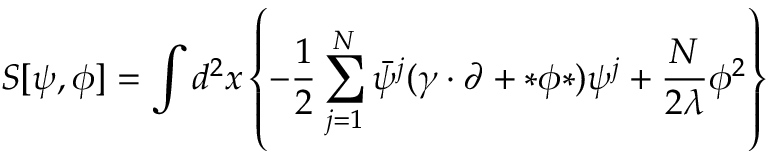
S [ \psi , \phi ] = \int d ^ { 2 } x \left\{ - \frac { 1 } { 2 } \sum _ { j = 1 } ^ { N } \bar { \psi } ^ { j } ( \gamma \cdot \partial + * \phi * ) \psi ^ { j } + \frac { N } { 2 \lambda } \phi ^ { 2 } \right\}